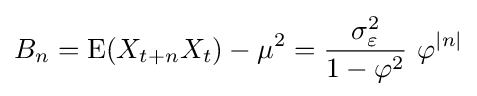
B_{n}=\operatorname {E} (X_{t+n}X_{t})-\mu ^{2}={\frac {\sigma _{\varepsilon }^{2}}{1-\varphi ^{2}}}\,\,\varphi ^{|n|}